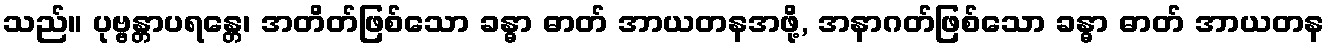
သည်။ ပုဗ္ဗန္တာပရန္တေ၊ အတိတ်ဖြစ်သော ခန္ဓာ ဓာတ် အာယတနအဖို့, အနာဂတ်ဖြစ်သော ခန္ဓာ ဓာတ် အာယတန